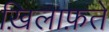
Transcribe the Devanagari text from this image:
ख़िलाफ़तें